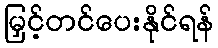
မြှင့်တင်ပေးနိုင်ရန်